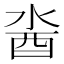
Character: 𨠆